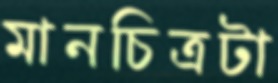
মানচিত্রটা